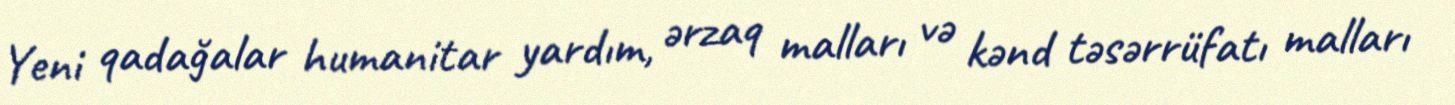
Yeni qadağalar humanitar yardım, ərzaq malları və kənd təsərrüfatı malları